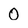
Character: 0